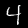
Digit: 4